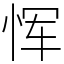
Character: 恽